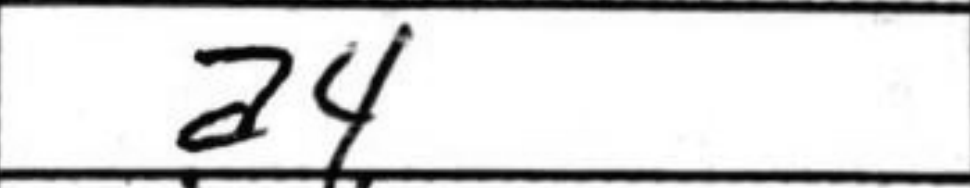
Transcription: a4